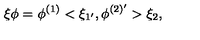
\xi \phi = \phi ^ { ( 1 ) } < \xi _ { 1 ^ { \prime } } , \phi ^ { ( 2 ) ^ { \prime } } > \xi _ { 2 } ,